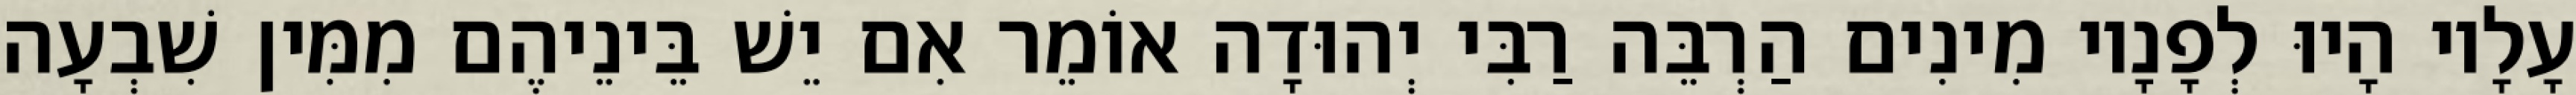
עָלָיו הָיוּ לְפָנָיו מִינִים הַרְבֵּה רַבִּי יְהוּדָה אוֹמֵר אִם יֵשׁ בֵּינֵיהֶם מִמִּין שִׁבְעָה